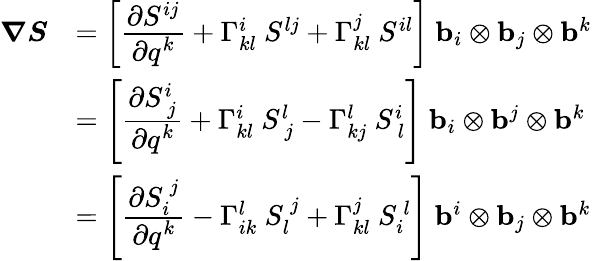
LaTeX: {\begin{array}{rl}{{\boldsymbol{\nabla}}{\boldsymbol{S}}}&{=\left[{\cfrac{\partial S^{ij}}{\partial q^{k}}}+\Gamma_{kl}^{i}~S^{lj}+\Gamma_{kl}^{j}~S^{il}\right]~\mathbf{b}_{i}\otimes\mathbf{b}_{j}\otimes\mathbf{b}^{k}}\\ &{=\left[{\cfrac{\partial S_{~j}^{i}}{\partial q^{k}}}+\Gamma_{kl}^{i}~S_{~j}^{l}-\Gamma_{kj}^{l}~S_{~l}^{i}\right]~\mathbf{b}_{i}\otimes\mathbf{b}^{j}\otimes\mathbf{b}^{k}}\\ &{=\left[{\cfrac{\partial S_{i}^{~j}}{\partial q^{k}}}-\Gamma_{ik}^{l}~S_{l}^{~j}+\Gamma_{kl}^{j}~S_{i}^{~l}\right]~\mathbf{b}^{i}\otimes\mathbf{b}_{j}\otimes\mathbf{b}^{k}}\end{array}}